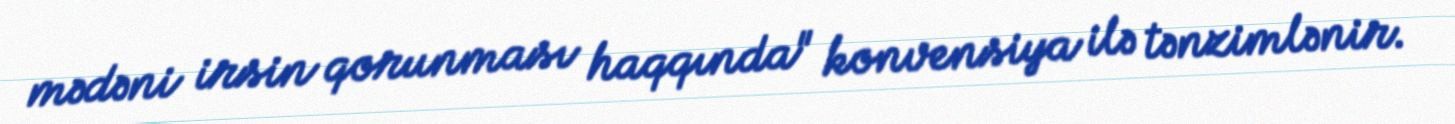
mədəni irsin qorunması haqqında" konvensiya ilə tənzimlənir.